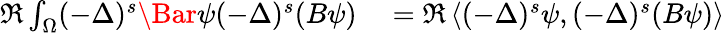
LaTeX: \begin{array}{rl}{\Re\int_{\Omega}(-\Delta)^{s}\Bar{\psi}(-\Delta)^{s}(B\psi)}&{{}=\Re\left\langle(-\Delta)^{s}\psi,(-\Delta)^{s}(B\psi)\right\rangle}\end{array}